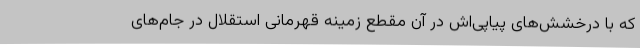
که با درخشش‌های پیاپی‌اش در آن مقطع زمینه قهرمانی استقلال در جام‌های